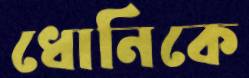
ধোনিকে